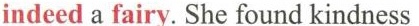
indeed a fairy. She found kindness